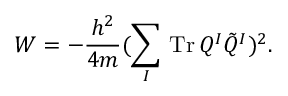
W = - \frac { h ^ { 2 } } { 4 m } ( \sum _ { I } \, \mathrm { T r } \, Q ^ { I } \tilde { Q } ^ { I } ) ^ { 2 } .